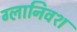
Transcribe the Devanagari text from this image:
ग्लानिवश